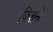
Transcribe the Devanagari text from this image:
फिशनेट